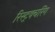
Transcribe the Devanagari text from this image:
रिस्ट्रक्चरिंग